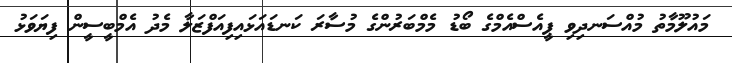
މައުލޫމާތު މުއްސަނދިވި ޕީއެސްއެމްގެ ބޯޑު މެމްބަރުންގެ މުސާރަ ކަނޑައަޅައިފިއަފްޒަލާ މެދު އެމްބީސީން ފިޔަވަޅު